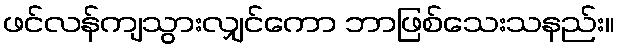
ဖင်လန်ကျသွားလျှင်ကော ဘာဖြစ်သေးသနည်း။